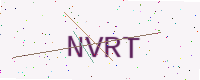
Text: NVRT